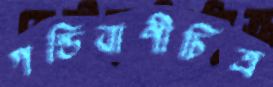
গন্ডিবাণীচিত্র